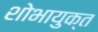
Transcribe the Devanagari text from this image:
शोभायुक्त